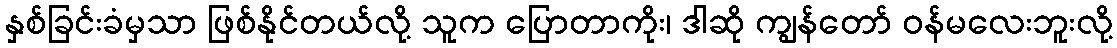
နှစ်ခြင်းခံမှသာ ဖြစ်နိုင်တယ်လို့ သူက ပြောတာကိုး၊ ဒါဆို ကျွန်တော် ဝန်မလေးဘူးလို့